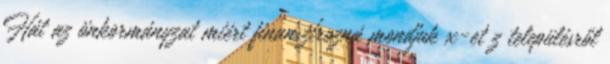
Hát az önkormányzat miért finanszírozná mondjuk x-et z településről